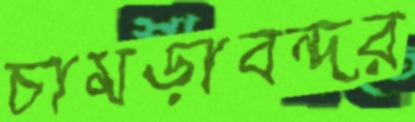
চামড়াবন্দর